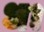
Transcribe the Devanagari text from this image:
ध।